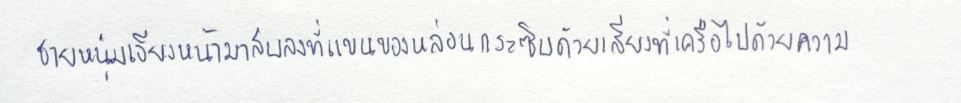
ชายหนุ่มเอียงหน้ามาสบลงที่แขนของหล่อนกระซิบด้วยเสียงที่เครือไปด้วยความ